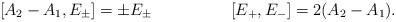
LaTeX: \begin{align*}[A_{2}-A_{1},E_{\pm}]=\pm E_{\pm} \hspace{2cm}[E_{+},E_{-}]=2(A_{2}-A_{1}) .\end{align*}